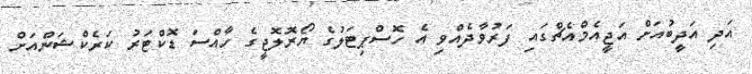
އަދި އަދީބުއަށް އަޖީއެމްއެޗްގައި ފަރުވާދެއްވި އެ ހޮސްޕިޓަލުގެ ޔޯރޮލޮޖީގެ ހާއްސަ ޑޮކްޓަރު ކަރެކްޝަންއަށް